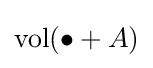
\operatorname {vol} (\bullet +A)